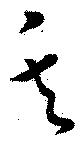
矢